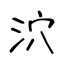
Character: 泬